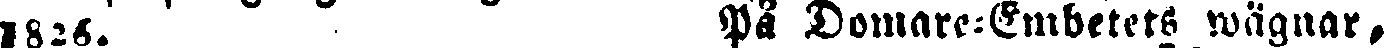
1826. På Domare-Embetets wägnar,